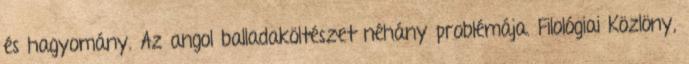
és hagyomány. Az angol balladaköltészet néhány problémája. Filológiai Közlöny,